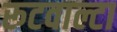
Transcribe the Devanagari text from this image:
रूटवाल्टा